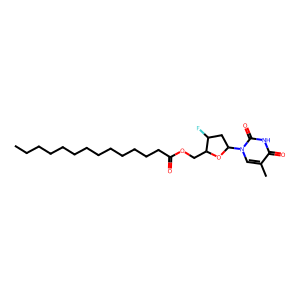
SMILES: CCCCCCCCCCCCCC(=O)OCC1OC(n2cc(C)c(=O)[nH]c2=O)CC1F
Inhibits HIV replication: Yes